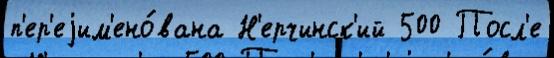
п'ер'еjим'ено́вана Н'ерчинск'ий 500 Посл'е